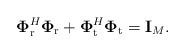
LaTeX: \begin{align*}\mathbf{\Phi}_{\mathrm{r}}^{H}\mathbf{\Phi}_{\mathrm{r}}+\mathbf{\Phi}_{\mathrm{t}}^{H}\mathbf{\Phi}_{\mathrm{t}}=\mathbf{I}_{M}.\end{align*}